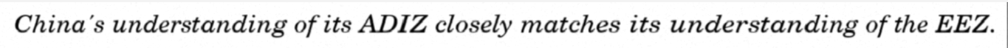
China's understanding of its ADIZ closely matches its understanding of the EEZ.